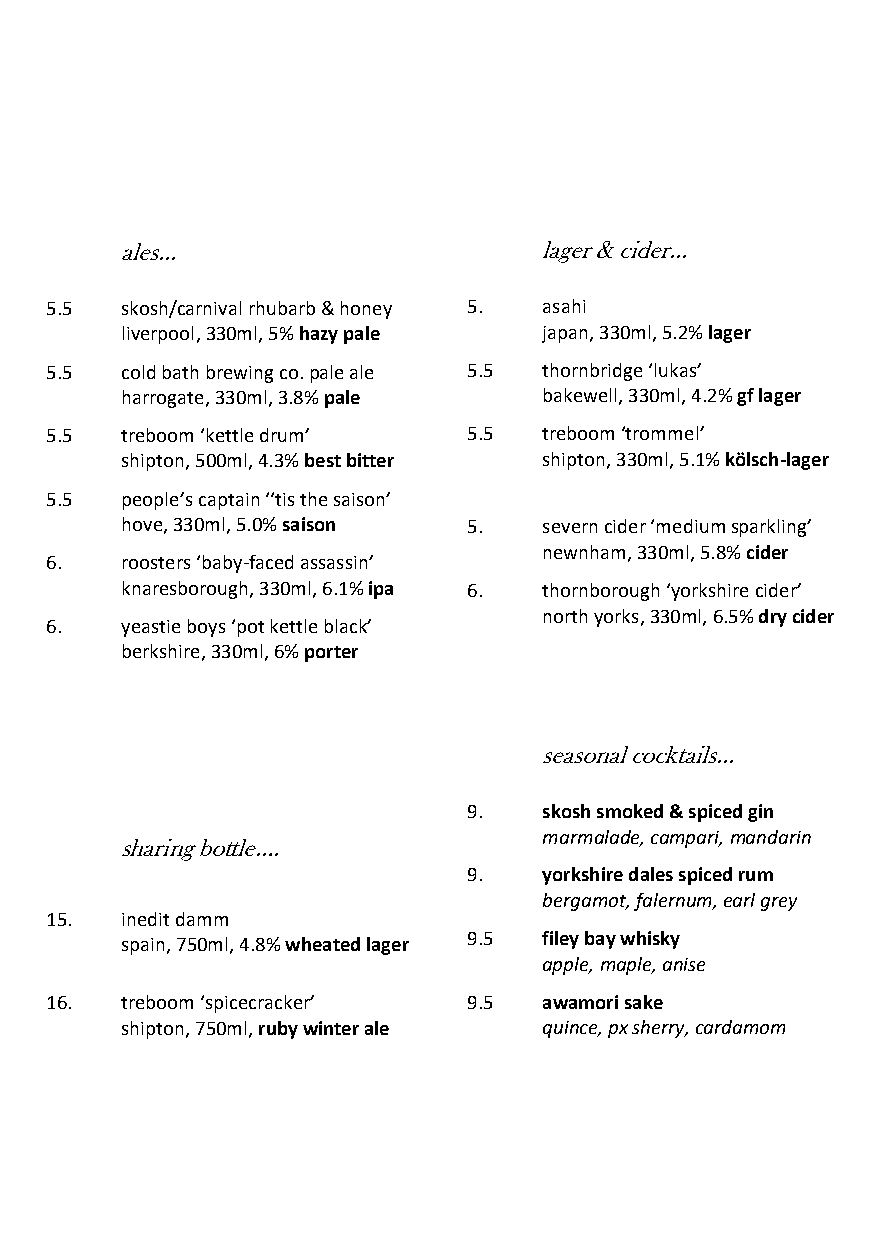
ales...                     lager & cider...
 5.5  skosh/carnival rhubarb & honey 5. asahi
 liverpool, 330ml, 5% hazy pale japan, 330ml, 5.2% lager
 5.5  cold bath brewing co. pale ale 5.5 thornbridge ‘lukas’
 harrogate, 330ml, 3.8% pale bakewell, 330ml, 4.2% gf lager
 5.5  treboom ‘kettle drum’  5.5  treboom ‘trommel’
 shipton, 500ml, 4.3% best bitter shipton, 330ml, 5.1% kölsch-lager
 5.5  people’s captain ‘‘tis the saison’
 hove, 330ml, 5.0% saison 5. severn cider ‘medium sparkling’
 newnham, 330ml, 5.8% cider
 6.   roosters ‘baby-faced assassin’
 knaresborough, 330ml, 6.1% ipa 6. thornborough ‘yorkshire cider’
 north yorks, 330ml, 6.5% dry cider
 6.   yeastie boys ‘pot kettle black’
 berkshire, 330ml, 6% porter
 seasonal cocktails...
 9.   skosh smoked & spiced gin
 marmalade, campari, mandarin
 sharing bottle….
 9.   yorkshire dales spiced rum
 bergamot, falernum, earl grey
 15.  inedit damm
 spain, 750ml, 4.8% wheated lager 9.5 filey bay whisky
 apple, maple, anise
 16.  treboom ‘spicecracker’ 9.5  awamori sake
 shipton, 750ml, ruby winter ale quince, px sherry, cardamom